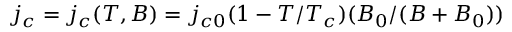
j _ { c } = j _ { c } ( T , B ) = j _ { c 0 } ( 1 - T / T _ { c } ) ( B _ { 0 } / ( B + B _ { 0 } ) )